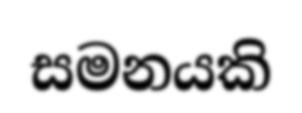
සමනයකි